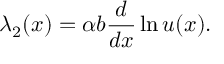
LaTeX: \lambda _ { 2 } ( x ) = \alpha b { \frac { d } { d x } } \ln u ( x ) .